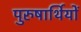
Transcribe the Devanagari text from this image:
पुरुषार्थियों